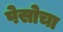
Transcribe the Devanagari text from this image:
पेसोचा